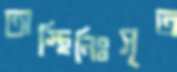
অস্থিনিঃসৃত